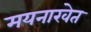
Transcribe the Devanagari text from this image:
मयनाखेत